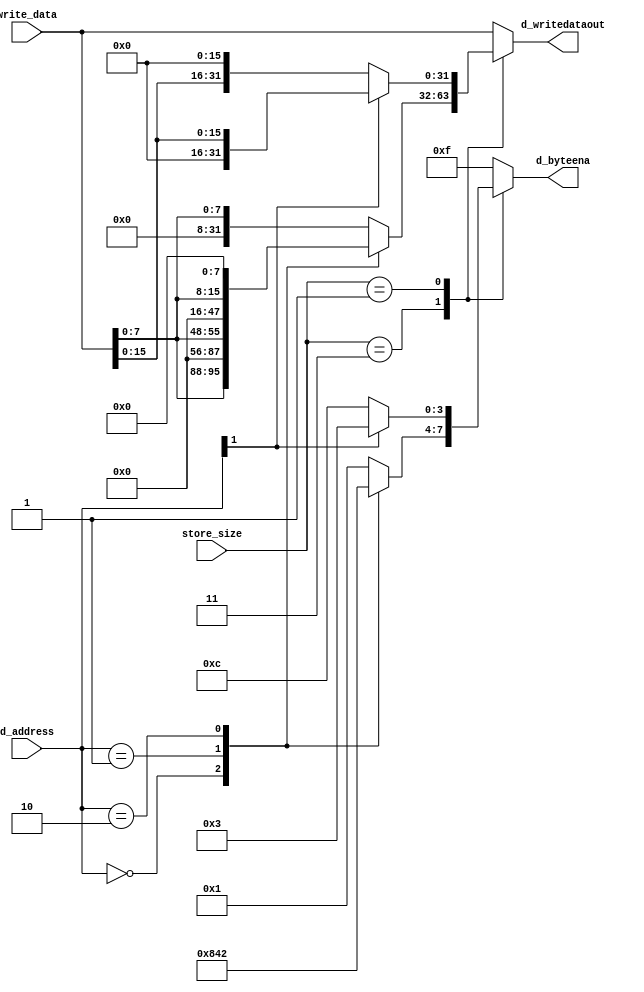
module store_data_translator_1(
    write_data,             
    d_address,
    store_size,
    d_byteena,
    d_writedataout);        
parameter WIDTH=32;
input [WIDTH-1:0] write_data;
input [1:0] d_address;
input [1:0] store_size;
output [3:0] d_byteena;
output [WIDTH-1:0] d_writedataout;
reg [3:0] d_byteena;
reg [WIDTH-1:0] d_writedataout;
always @(write_data or d_address or store_size)
begin
    case (store_size)
        2'b11:
            case(d_address[1:0])
                0: 
                begin 
                    d_byteena=4'b1000; 
                    d_writedataout={write_data[7:0],24'b0}; 
                end
                1: 
                begin 
                    d_byteena=4'b0100; 
                    d_writedataout={8'b0,write_data[7:0],16'b0}; 
                end
                2: 
                begin 
                    d_byteena=4'b0010; 
                    d_writedataout={16'b0,write_data[7:0],8'b0}; 
                end
                default: 
                begin 
                    d_byteena=4'b0001; 
                    d_writedataout={24'b0,write_data[7:0]}; 
                end
            endcase
        2'b01:
            case(d_address[1])
                0: 
                begin 
                    d_byteena=4'b1100; 
                    d_writedataout={write_data[15:0],16'b0}; 
                end
                default: 
                begin 
                    d_byteena=4'b0011; 
                    d_writedataout={16'b0,write_data[15:0]}; 
                end
            endcase
        default:
        begin
            d_byteena=4'b1111;
            d_writedataout=write_data;
        end
    endcase
end
endmodule